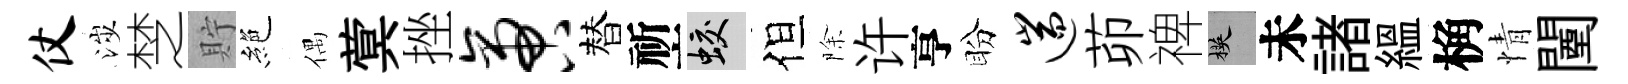
仗涉椘貯絶偶蓂挫啻替祈蛟但除许亨盼遄茆禆楧未諸緼桷情闉